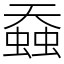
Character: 䗞